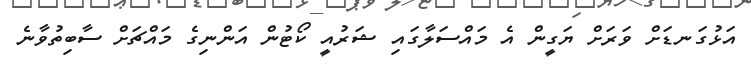
އަޅުގަނޑަށް ވަރަށް ޔަގީން އެ މައްސަލާގައި ޝަރުއީ ކޯޓުން އަންނިގެ މައްޗަށް ސާބިތުވާނެ